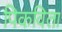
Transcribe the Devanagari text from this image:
पिकविता